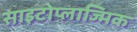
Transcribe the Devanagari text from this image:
साइटोप्लाज्मिक